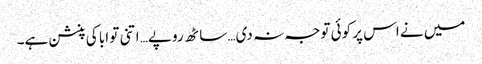
میں نے اس پر کوئی توجہ نہ دی… ساٹھ روپے… اتنی تو ابا کی پنشن ہے۔